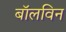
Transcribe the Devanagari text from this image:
बॉलविन